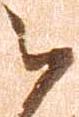
被